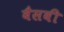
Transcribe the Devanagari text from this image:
बैसवी